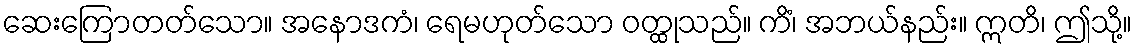
ဆေးကြောတတ်သော။ အနောဒကံ၊ ရေမဟုတ်သော ဝတ္ထုသည်။ ကိံ၊ အဘယ်နည်း။ ဣတိ၊ ဤသို့။